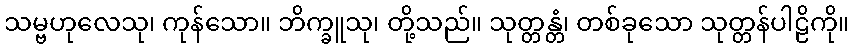
သမ္ဗဟုလေသု၊ ကုန်သော။ ဘိက္ခူသု၊ တို့သည်။ သုတ္တန္တံ၊ တစ်ခုသော သုတ္တန်ပါဠိကို။